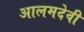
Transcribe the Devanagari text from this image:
आलमदेवी